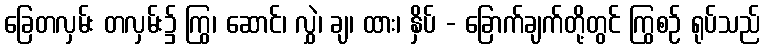
ခြေတလှမ်း တလှမ်း၌ ကြွ၊ ဆောင်၊ လွှဲ၊ ချ၊ ထား၊ နှိပ် - ခြောက်ချက်တို့တွင် ကြွစဉ် ရုပ်သည်